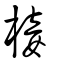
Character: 椄